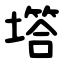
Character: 㙮